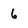
Character: 6